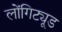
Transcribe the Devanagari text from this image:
लोंगिट्यूड